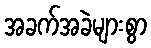
အခက်အခဲများစွာ